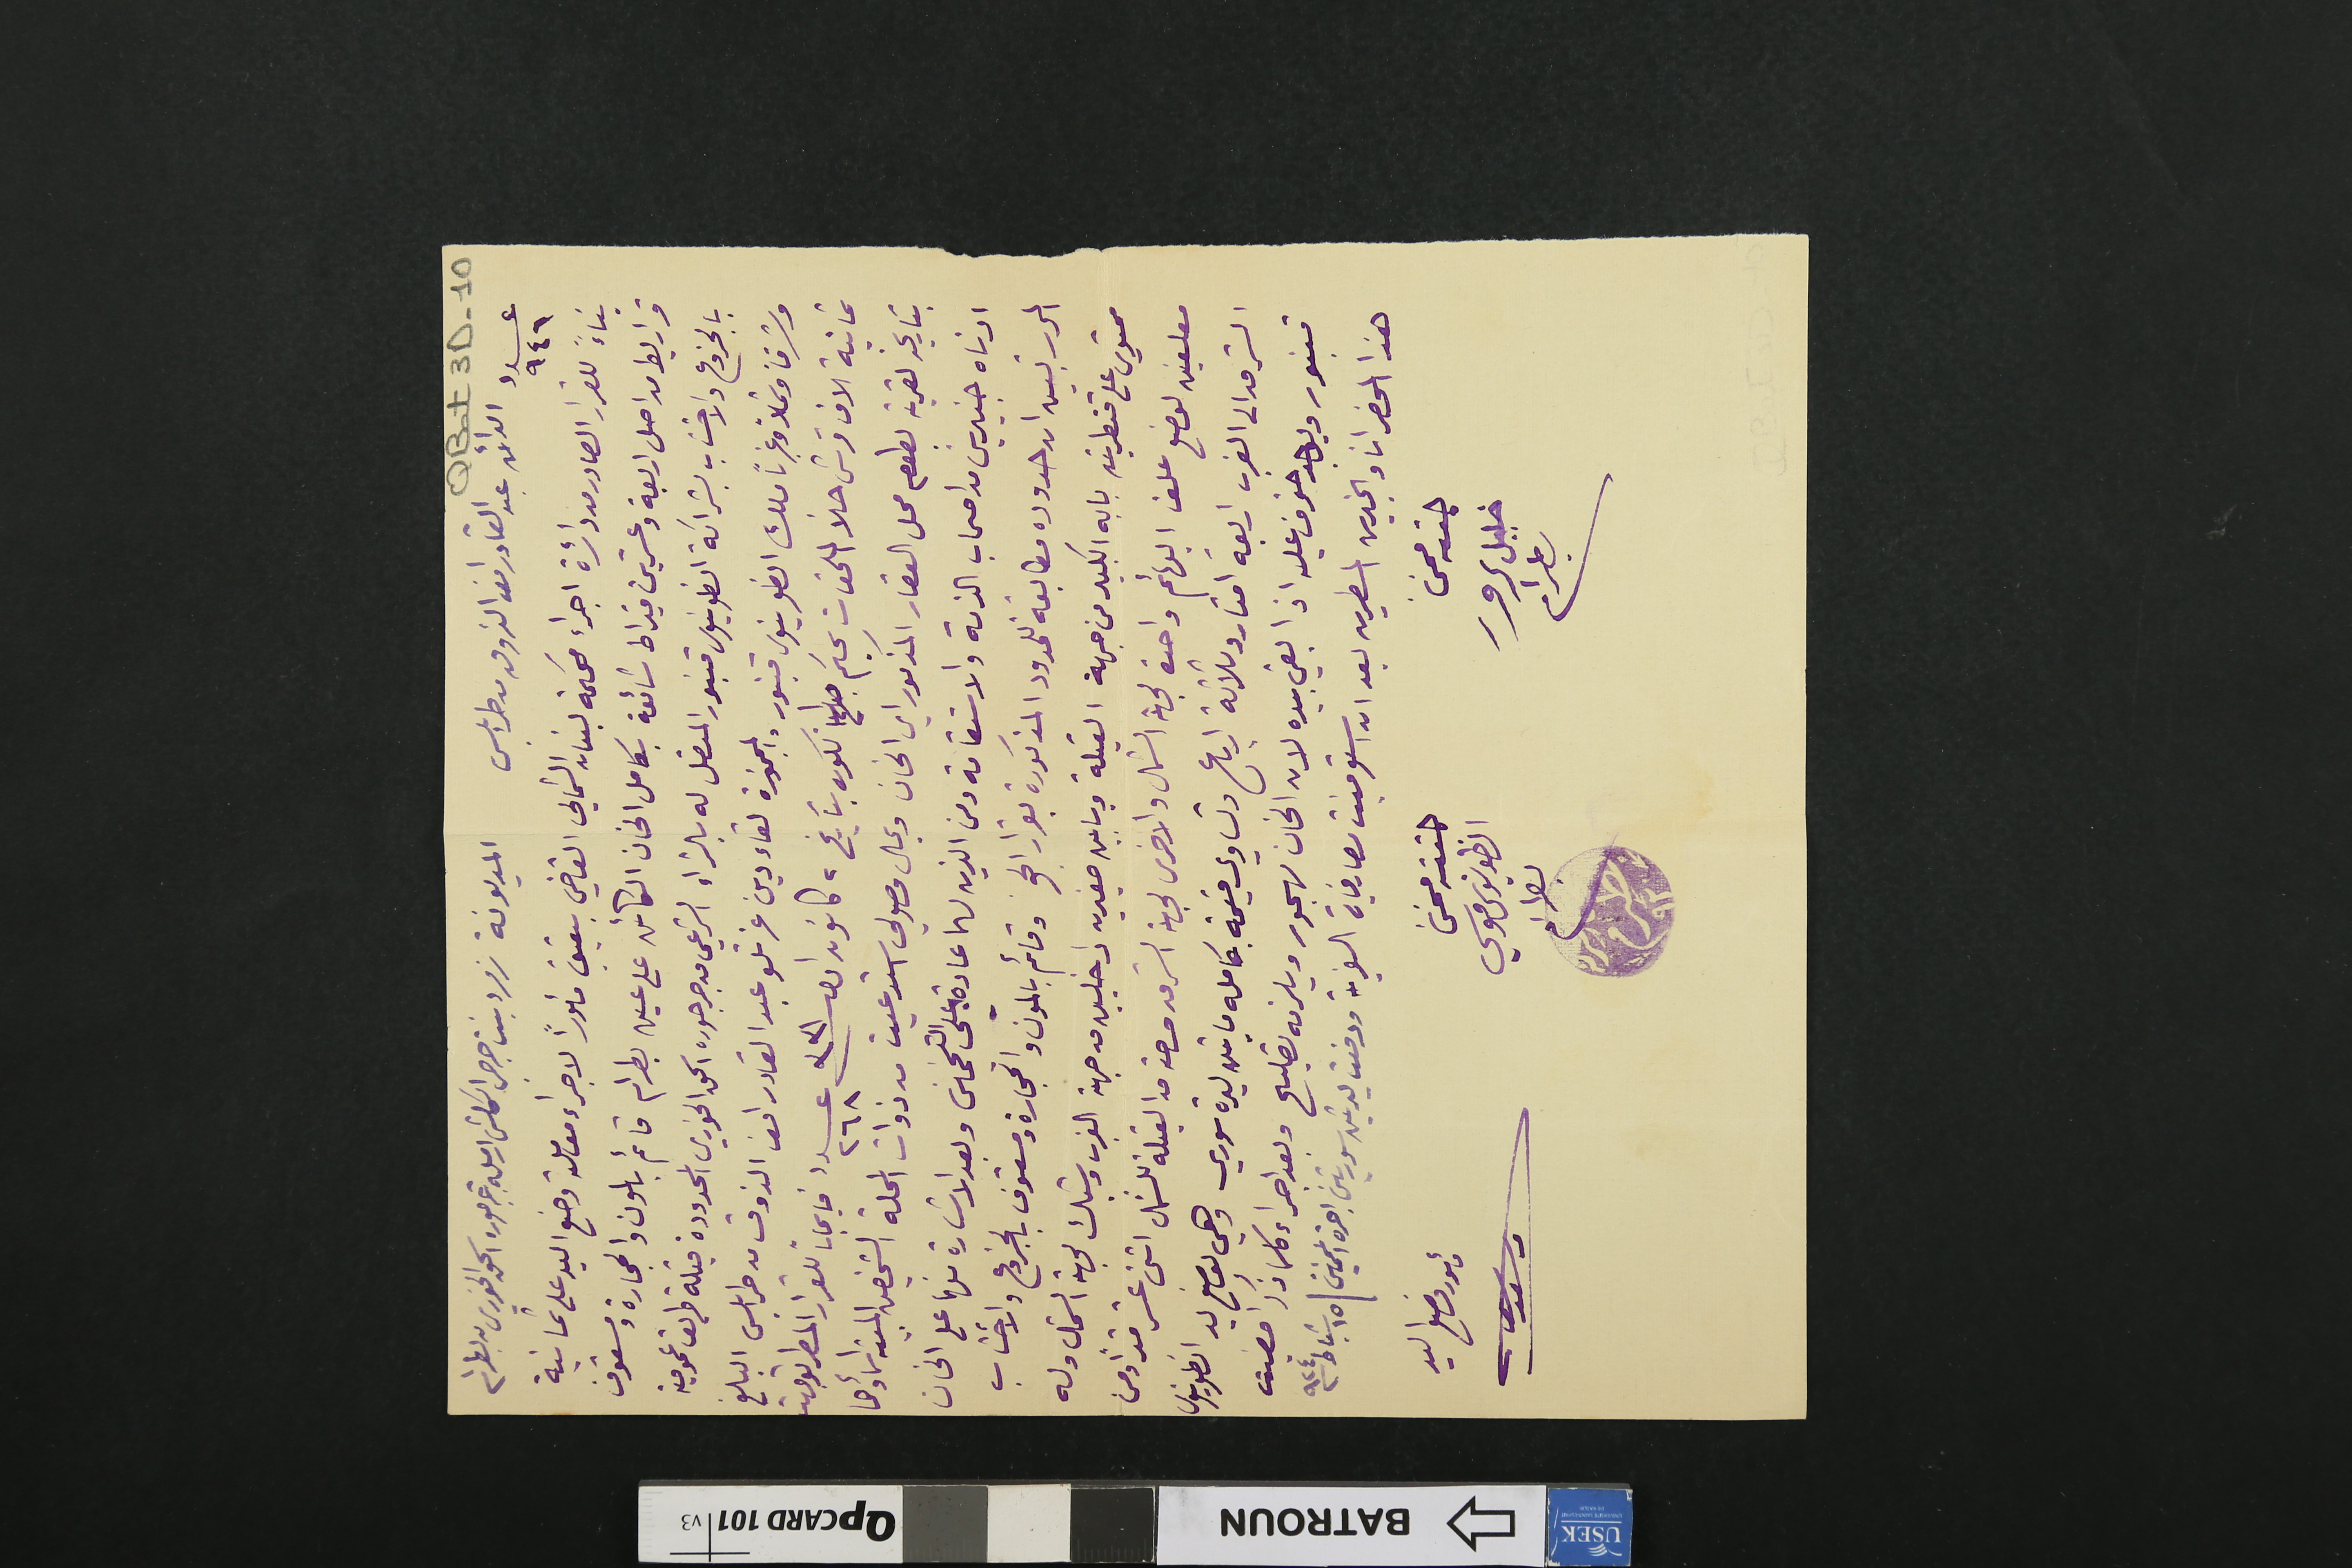
QBat3D-10
عدد ٩٤٦ الدائن عبد القادر انور الذوقى من طرابلس	 المديونة زمرد بنت جرجس المكش ارملة جرجوره اسحق الخوري من بطرام
بناءً للقرار الصادر من دائرة اجراء محكمة لبنان الشمالي القاضي بتعيني مأموراً لاجراء معاملة وضع اليد على ثمانية
قراريط من اصل اربعة وعشرين قيراط شائعة بكامل الخان الكائن على عين بطرام قائم باطون والحجارة ومسقوف
بالجزوع والاخشاب بشراكة انطونيوس قنبور المتصل له بالشراء الشرعي من جرجوره اسحق الخوري المحدودة قبلة طريق عمومية
وشرقاً وشمالاً وغرباً ملك انطونيوس قنبور والمحجوزة لقاء دين عزتلو عبد القادر انور الذوق من طرابلس البالغ
ثمانية الاف قرش حلاً الملحقات بحكم تكون بتاريخ ٢ كانون اول سنة ٣٣١ عدد ٢٦٨ في ايجاب للقرار المسطر توجهت
بتاريخه لقرية بطوم محل العقار المذكور اي الخان وبحال وصولي استدعيت من ذوات المحلة الشخصين المبينه اسماؤهما
ادناه خبيرين من اصحاب الذمة والاستقامة ومن الذين لهما عادة على التخمين وبعد الاشارة منهما على الخان
المحرر تبين ان حدوده مطابقة للحدود المذكورة بقرار الحق وقائم بالمون والحجارة ومسقوف بالجزوع والاخشاب
محتوي على قنطرتين بابه الكبير من جهة القبلة وبابين صغيرين داخليين من جهة الغرب وشباك لجهة الشمال وله
معلفين لوضع علف البهائم واحدة لجهة الشمال والاخرى لجهة الشرق مساحته من القبلة للشمال اثنى عشر قداً ومن
الشرق الى الغرب اربعة امتار وثلاثة ارباع وتساوي قيمة بكامله ما يقدر ليرة سوري وهي لوضع يد انطونيوس
قنبور ويوجد خوف عليه اذا بقي بيده لان الخان مهجور ويلزمه تصليح وبعد اجراء كلما ذكر امضيت
هذا المحضر انا والخبيرين المسطرين بعد ان استوفيت مصارفاتي السفرية ودفعت ليرتين سوريتين اجرة المخمنين / ١٥ شباط سنة ٩٢٤
حققه مخمن خليل سرور بطرام
حققه مخمن انطونيوس موسي بطرام
مأمور وضع اليد